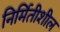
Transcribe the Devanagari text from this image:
निर्मितीशील